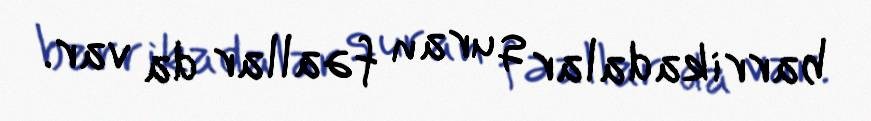
barrikadalar quran fəallar da var.